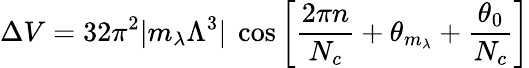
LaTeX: \Delta V=32\pi^{2}|m_{\lambda}\Lambda^{3}|~\cos\left[{\frac{2\pi n}{N_{c}}}+\theta_{m_{\lambda}}+{\frac{\theta_{0}}{N_{c}}}\right]